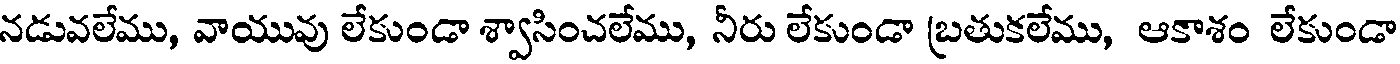
నడువలేము, వాయువు లేకుండా శ్వాసించలేము, నీరు లేకుండా బ్రతుకలేము, ఆకాశం లేకుండా